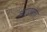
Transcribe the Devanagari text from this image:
आढयता